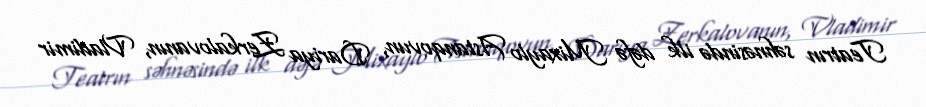
Teatrın səhnəsində ilk dəfə Mixaylo Astanqovun, Dariya Zerkalovanın, Vladimir